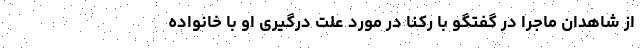
از شاهدان ماجرا در گفتگو با رکنا در مورد علت درگیری او با خانواده